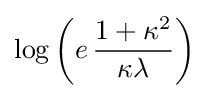
\log \left(e\,{\frac {1+\kappa ^{2}}{\kappa \lambda }}\right)